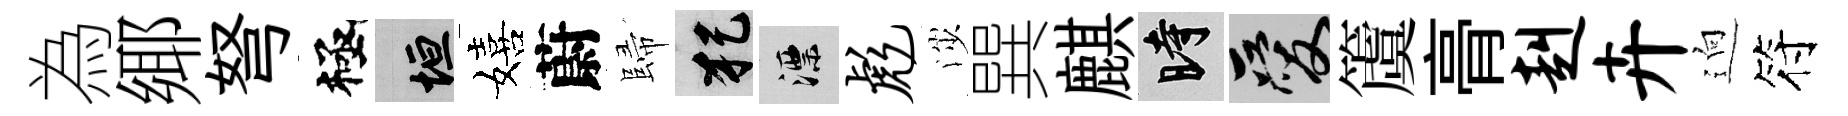
為鄊弩極垣嬉蔚歸犯漂彪渉巽麒时爱𥵂𮌔赳卉逈符